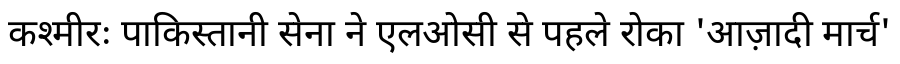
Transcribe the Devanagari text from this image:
कश्मीरः पाकिस्तानी सेना ने एलओसी से पहले रोका 'आज़ादी मार्च'